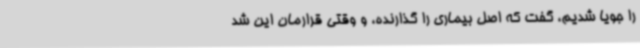
را جویا شدیم، گفت که اصل بیماری را گذارنده، و وقتی قرارمان این شد